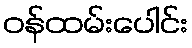
ဝန်ထမ်းပေါင်း